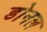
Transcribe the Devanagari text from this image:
डोनल